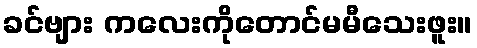
ခင်ဗျား ကလေးကိုတောင်မမီသေးဖူး။